Bulletin of the Pasteur Institute of Southern India, Coonoor - No. 1.
Year: 1908
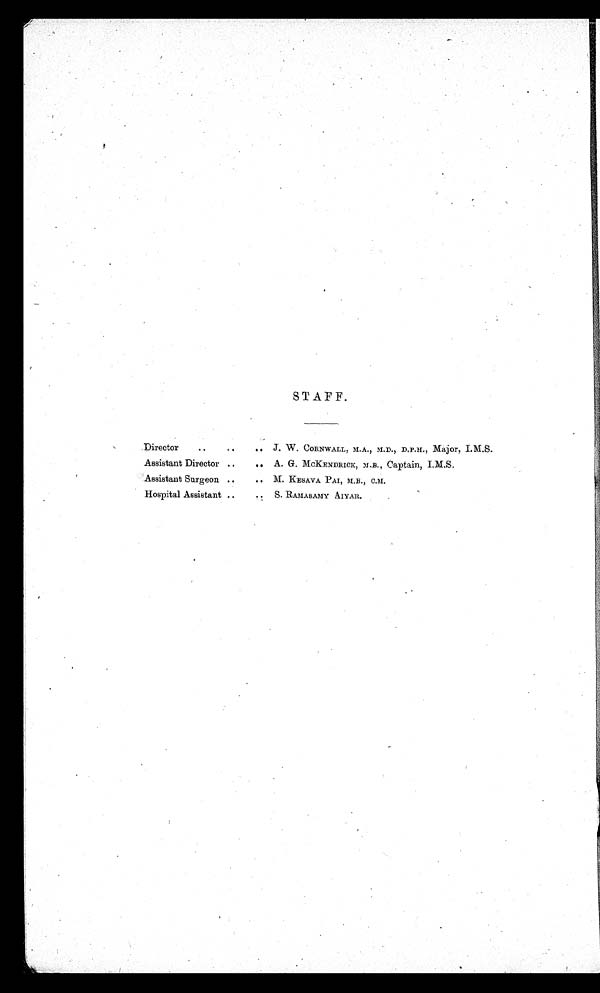
STAFF.
Director
J. W. CORNWALL, M.A., M.D., D.P.H., Major, I.M.S.
Assistant Director
A. G. MCKENDRICK, M.B., Captain, I.M.S.
Assistant Surgeon
M. KESAVA PAI, M.B., C.M.
Hospital Assistant
S. RAMASAMY AIYAR.
.